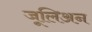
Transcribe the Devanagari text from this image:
जूलिअन